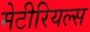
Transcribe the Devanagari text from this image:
मेटीरियल्स